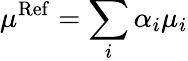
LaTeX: \mu^{\mathrm{Ref}}=\sum_{i}\alpha_{i}\mu_{i}